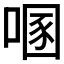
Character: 𰈔